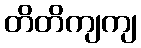
တိတိကျကျ